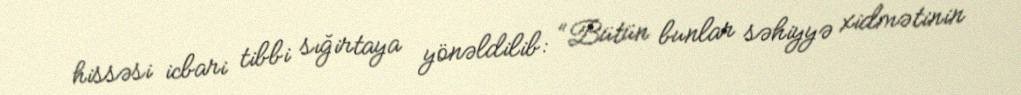
hissəsi icbari tibbi sığirtaya yönəldilib: “Bütün bunlar səhiyyə xidmətinin